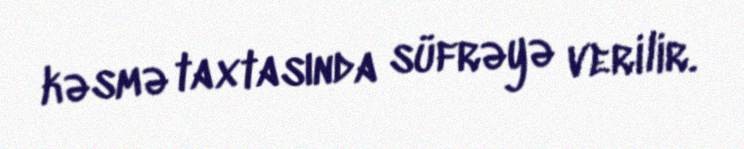
kəsmə taxtasında süfrəyə verilir.